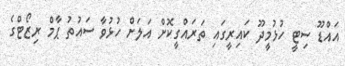
އައްޑޫ ސިޓީ ހުޅުމީދޫ ކައިރީގައި ތަރައްގީކޮށް އަލަށް ހުޅުވާ ސައުތު ޕާމް ރިޒޯޓްގެ